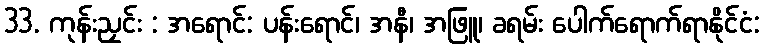
33. ကုန်းညှင်း : အရောင်: ပန်းရောင်၊ အနီ၊ အဖြူ၊ ခရမ်း ပေါက်ရောက်ရာနိုင်ငံ: